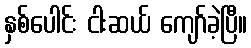
နှစ်ပေါင်း ငါးဆယ် ကျော်ခဲ့ပြီ။